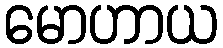
မောဟာယ